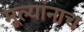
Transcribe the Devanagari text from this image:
मूल्यांनाच